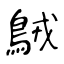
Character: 𪀚